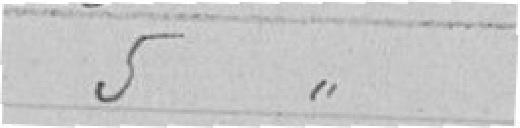
5